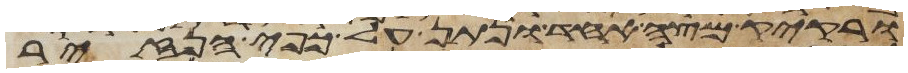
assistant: ורקיק מצה אחד ונתן על כפי הנזיר